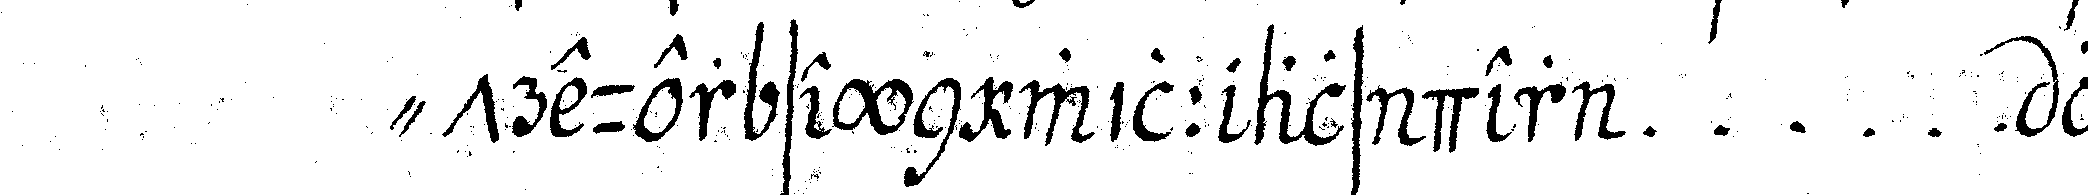
" treuer seyn will als der ... lasse